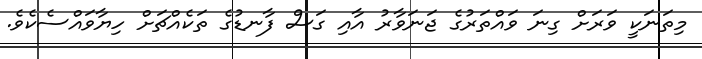
މިތަނަކީ ވަރަށް ގިނަ ވައްތަރުގެ ޖަނަވާރު އާއި ގަސް ފާނޑުގެ ތަކެއްޗަށް ހިޔާވައްސެކެވެ.